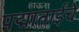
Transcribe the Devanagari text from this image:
पद्माताईंचे